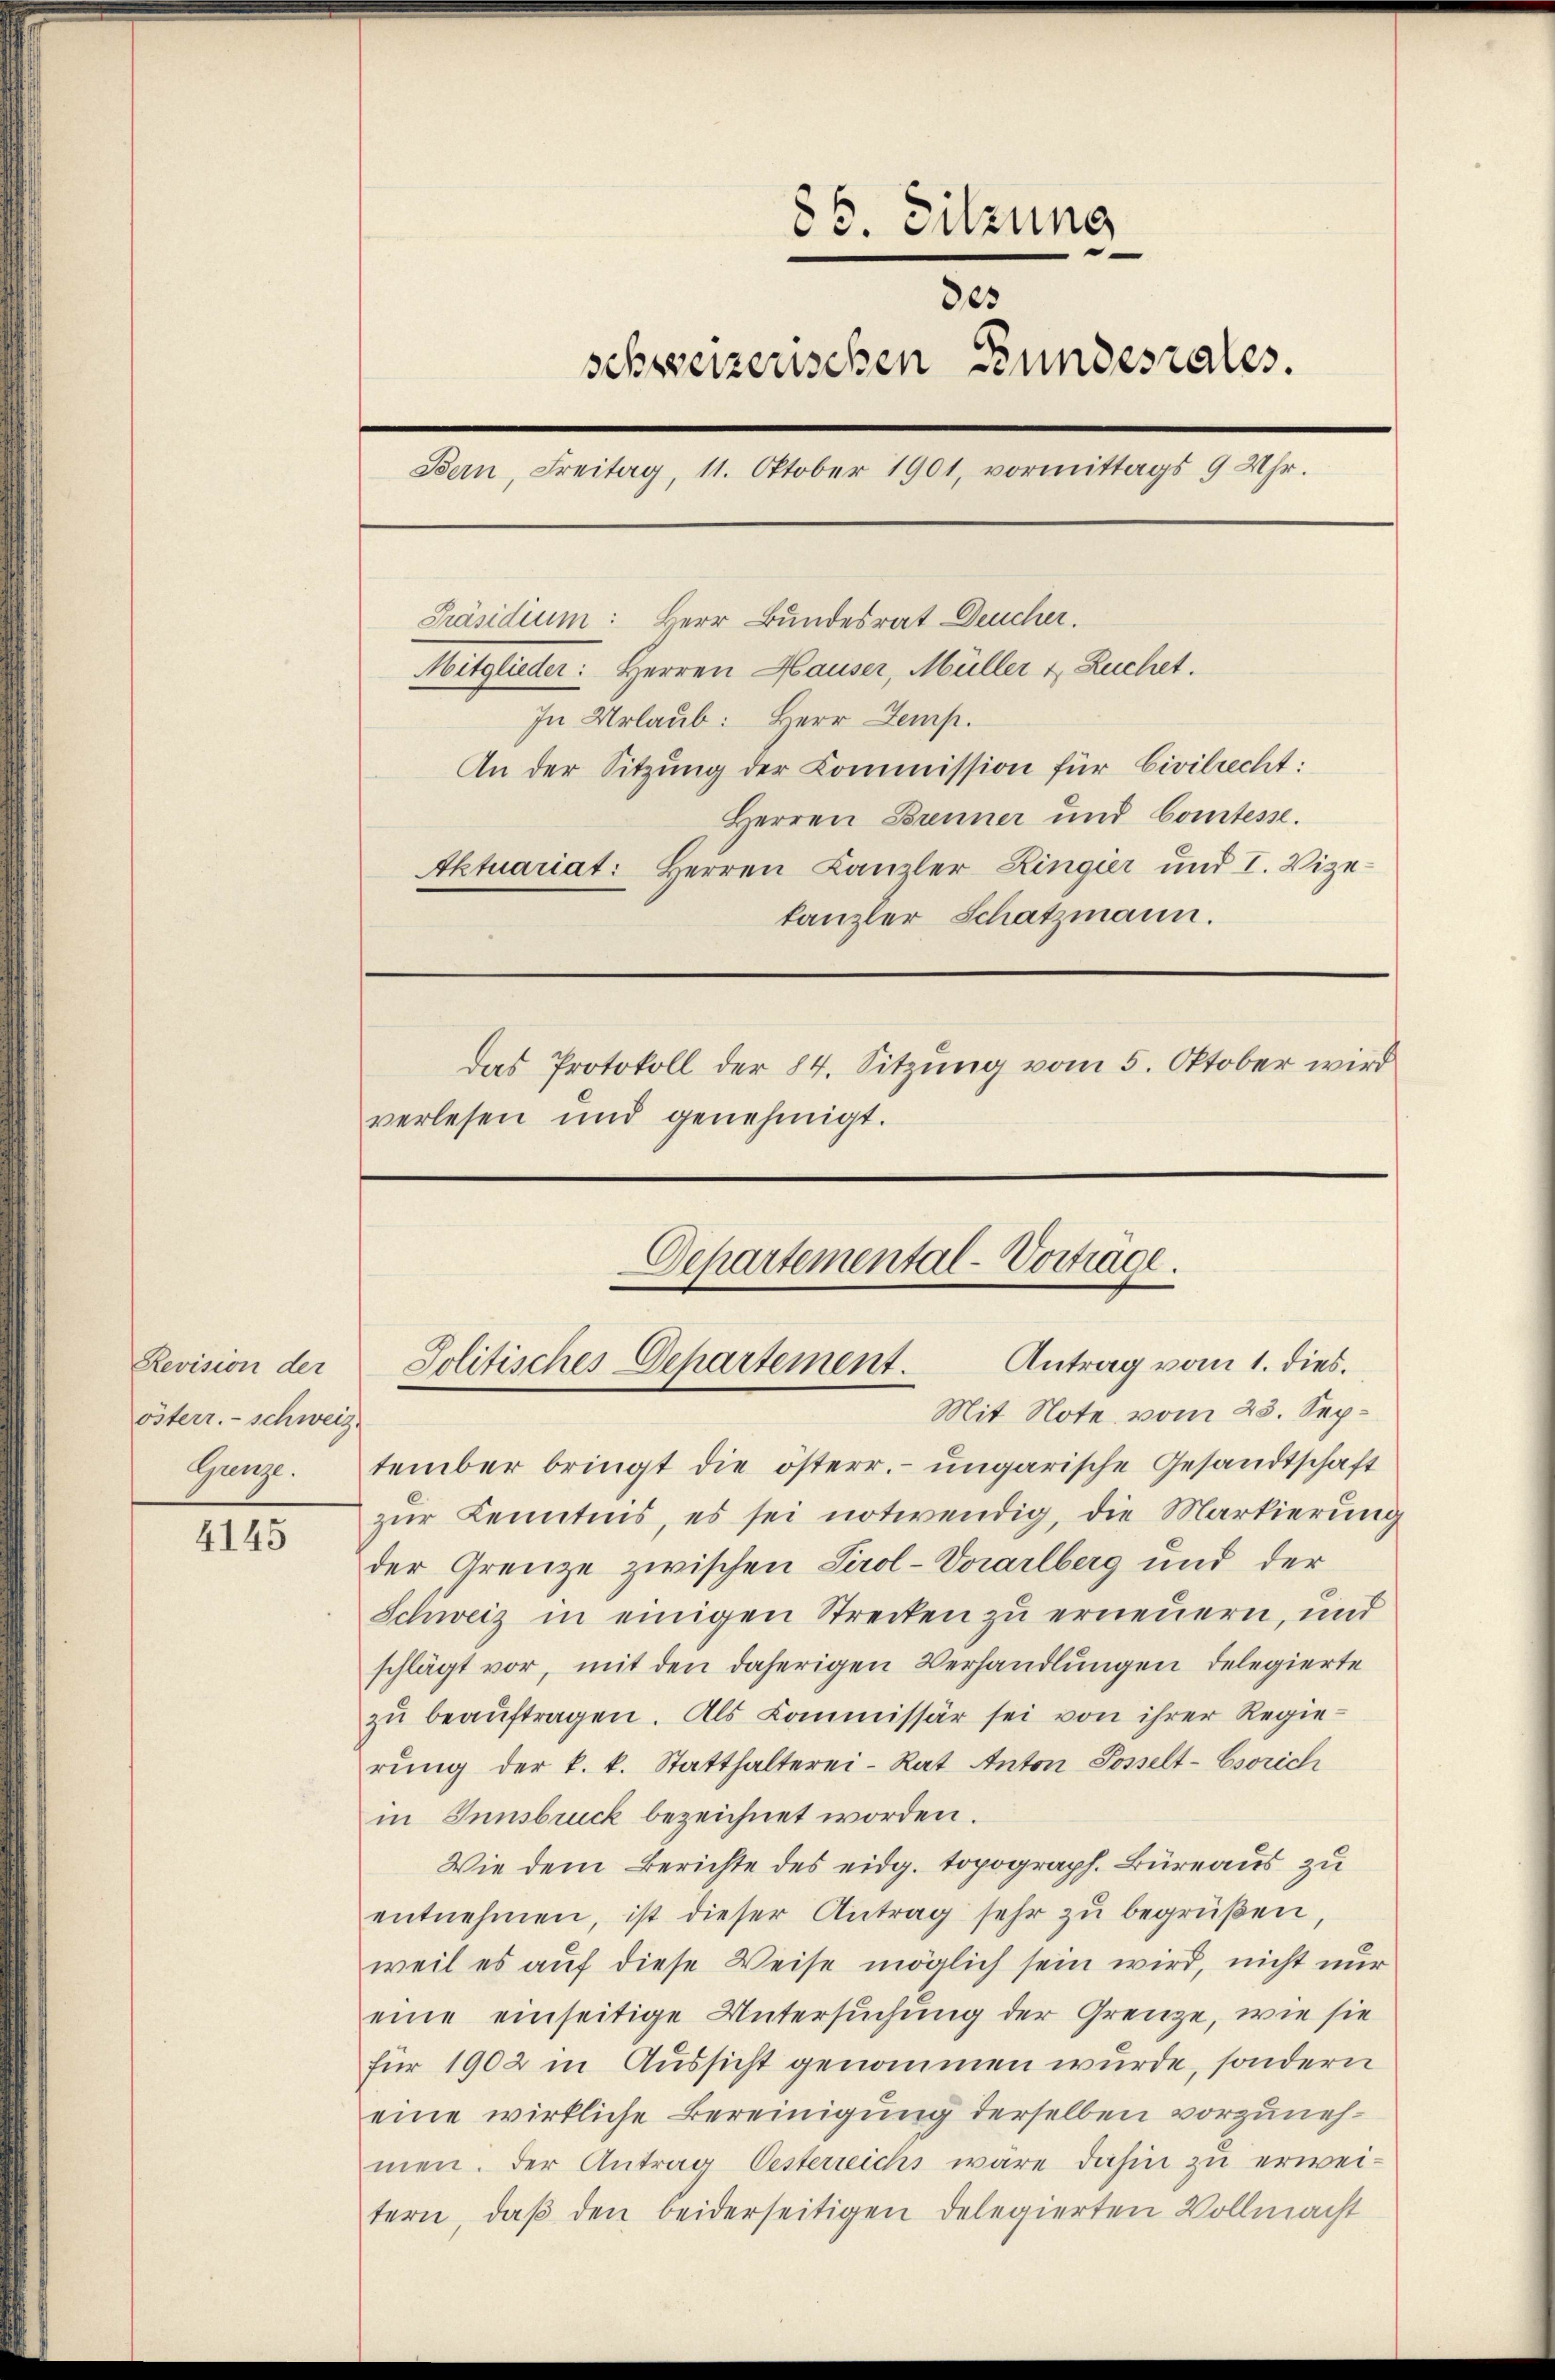
Revision der
österr. - Schweiz.
Gunze.

4145

tember bringt die österr. ungarische Gesandtschaft
zŭr Kenntnis, es sei notwendig, die Markierŭng
der Grenze zwischen Tirol-Vorarlberg und der
Schweiz in einigen Strecken zu erneuern, und
schlägt vor, mit den daherigen Verhandlungen delegierte
zŭ beaŭftragen. Als Kommissär sei von ihrer Regie-
rŭng der k. k. Statthalterei-Rat Anton Posselt-Esorich
in Innsbruck bezeichnet worden.
Wie dem Berichte des eidg. topograph. Büreaus zu
entnehmen, ist dieser Antrag sehr zu begrüßen,
weil es aŭf diese Weise möglich sein wird, nicht nur
eine einseitige Untersuchung der Grenze, wie sie
für 1902 in Aussicht genommen wurde, sondern
eine wirkliche Bereinigung derselben vorzunehmen. Der Antrag Oesterreichs wäre dahin zu erweitern, daβ den beiderseitigen Delegierten Vollmacht

85. Sitzung
des
schweizerischen Bundesrates.
Bern, Freitag, 11. Oktober 1901, vormittags 9 Uhr.
Präsidium: Herr Bundesrat Deucher.
Mitglieder: Herren Hauser, Müller & Ruchet.
In Urlaub: Herr emp
An der Sitzung der Commission für Civilrecht:
Herren Brenner und Comtesse.
Aktuariat: Herren Kanzler Ringier und I. Vize-
kanzler Schatzmann.
Das Protokoll der 84. Sitzung vom 5. Oktober wird
verlesen und genehmigt.

Departemental-Vorträge.
Antrag vom 1. dies.
Jolitisches Departement.
Mit Note vom 23. Sep¬